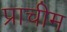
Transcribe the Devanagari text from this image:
प्राचीम